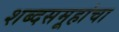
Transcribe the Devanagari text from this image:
शब्दसमूहांचा